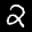
Label: 2